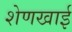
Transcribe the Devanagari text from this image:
शेणखाई